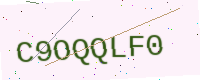
Text: C9OQQLF0